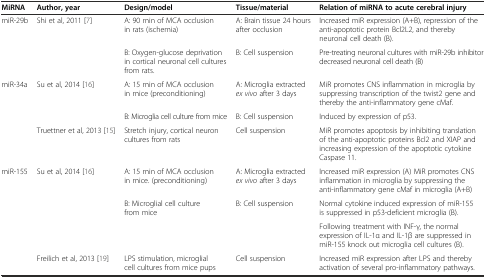
<table><thead><tr><td><b>MiRNA</b></td><td><b>Author, year</b></td><td><b>Design/model</b></td><td><b>Tissue/material</b></td><td><b>Relation of miRNA to acute cerebral injury</b></td></tr></thead><tbody><tr><td rowspan="2">miR-29b</td><td rowspan="2">Shi et al, 2011 [7]</td><td>A: 90 min of MCA occlusion in rats (ischemia)</td><td>A: Brain tissue 24 hours after occlusion</td><td>Increased miR expression (A+B), repression of the anti-apoptotic protein Bcl2L2, and thereby neuronal cell death (B).</td></tr><tr><td>B: Oxygen-glucose deprivation in cortical neuronal cell cultures from rats.</td><td>B: Cell suspension</td><td>Pre-treating neuronal cultures with miR-29b inhibitor decreased neuronal cell death (B)</td></tr><tr><td rowspan="3">miR-34a</td><td rowspan="2">Su et al, 2014 [16]</td><td>A: 15 min of MCA occlusion in mice (preconditioning)</td><td>A: Microglia extracted <i>ex vivo</i> after 3 days</td><td>MiR promotes CNS inflammation in microglia by suppressing transcription of the twist2 gene and thereby the anti-inflammatory gene cMaf.</td></tr><tr><td>B: Microglia cell culture from mice</td><td>B: Cell suspension</td><td>Induced by expression of p53.</td></tr><tr><td>Truettner et al, 2013 [15]</td><td>Stretch injury, cortical neuron cultures from rats</td><td>Cell suspension</td><td>MiR promotes apoptosis by inhibiting translation of the anti-apoptotic proteins Bcl2 and XIAP and increasing expression of the apoptotic cytokine Caspase 11.</td></tr><tr><td rowspan="4">miR-155</td><td rowspan="3">Su et al, 2014 [16]</td><td>A: 15 min of MCA occlusion in mice. (preconditioning)</td><td>A: Microglia extracted <i>ex vivo</i> after 3 days</td><td>Increased miR expression (A) MiR promotes CNS inflammation in microglia by suppressing the anti-inflammatory gene cMaf in microglia (A+B)</td></tr><tr><td rowspan="2">B: Microglial cell culture from mice</td><td rowspan="2">B: Cell suspension</td><td>Normal cytokine induced expression of miR-155 is suppressed in p53-deficient microglia (B).</td></tr><tr><td>Following treatment with INF-γ, the normal expression of IL-1α and IL-1β are suppressed in miR-155 knock out microglia cell cultures (B).</td></tr><tr><td>Freilich et al, 2013 [19]</td><td>LPS stimulation, microglial cell cultures from mice pups</td><td>Cell suspension</td><td>Increased miR expression after LPS and thereby activation of several pro-inflammatory pathways.</td></tr></tbody></table>